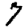
Digit: 7